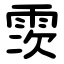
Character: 䨏